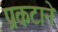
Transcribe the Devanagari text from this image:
प्रकटाने